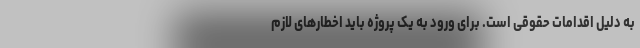
به دلیل اقدامات حقوقی است. برای ورود به یک پروژه باید اخطارهای لازم